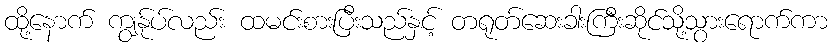
ထို့နောက် ကျွန်ုပ်လည်း ထမင်းစားပြီးသည်နှင့် တရုတ်ဆေးခါးကြီးဆိုင်သို့သွားရောက်ကာ